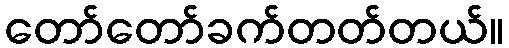
တော်တော်ခက်တတ်တယ်။